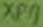
Text: XP3